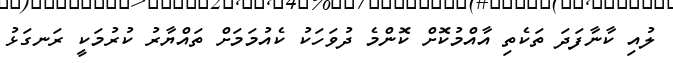
ލުއި ކާނާފަދަ ތަކެތި އާއްމުކޮށް ކޮންމެ ދުވަހަކު ކެއުމަމަށް ތައްޔާރު ކުރުމަކީ ރަނގަޅު